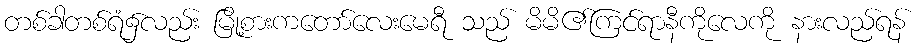
တစ်ခါတစ်ရံ၌လည်း မြို့စားကတော်လေးမေရီ သည် မိမိ၏ကြင်ရာနီကိုလေကို နားလည်ရန်